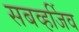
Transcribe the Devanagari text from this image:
सबव्हर्जिव